Lunatic asylums United Provinces 1909-1921 - 1909-1921
Year: 1909
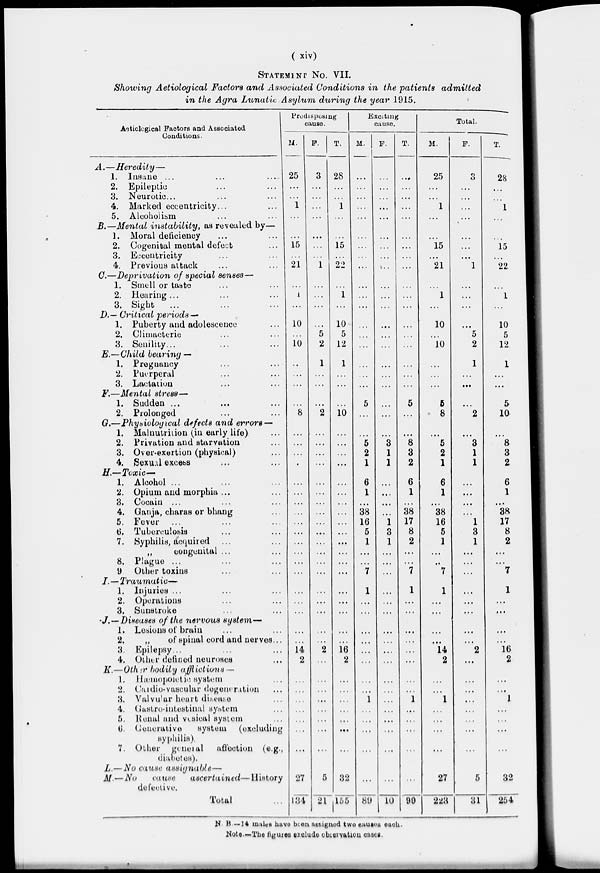
( xiv)
STATEMENT No. VII.
Showing Aetiological Factors and Associated Conditions in the patients
admitted
in the Agra Lunatic Asylum during the year 1915.
Aetiological Factors and Associated
Conditions.
A.—Heredity—
1. Insane ... ... ...
2. Epileptic ... ...
3. Neurotic ... ... ...
4. Marked eccentricity ... ...
5. Alcoholism ... ...
B.—Mental instability, as revealed by—
1. Moral deficiency
...
...
2. Cogenitial mental defect ...
3. Eccentricity ... ...
4. Previous attack ... ...
C.—Deprivation of special senses—
1. Smell or taste ... ...
2. Hearing ... ... ...
3. Sight ... ... ...
D.— Critical periods —
1. Puberty and adolescence ...
2. Climacteric ... ...
3. Senility... ... ...
E.—Child bearing —
1. Pregnancy ... ...
2. Puerperal ... ...
3. Lactation ... ...
F.—Mental stress—
1. Sudden ... ... ...
2. Prolonged ... ...
G.—Physiological defects and errors—
1. Malnutrition (in early life) ...
2. Privation and starvation ...
3. Over-exertion (physical) ...
4. Sexual excess ... ...
H.—Toxic—
1. Alcohol ... ... ...
2. Opium and morphia ... ...
3. Cocain ... ... ...
4. Ganja, charas or bhang ...
5. Fever ... ... ...
6. Tuberculosis ... ...
7. Syphilis, acquired
„
congenital ... ...
8. Plague ... ... ...
9 Other toxins ... ...
I. — Traumatic—
1. Injuries ... ... ...
2. Operations ... ...
3. Sunstroke ... ...
J.— Diseases of the nervous system—
I. Lesions of brain ... ...
2.
„
of spinal cord and nerves...
3. Epilepsy... ... ...
4. Other defined neuroses ...
K.—Other bodily afflictions —
1. Hæmopoietic system ...
2. Cardio-vascular degeneration ...
3. Valvular heart disease ...
4. Gastro-intestinal system ...
5. Renal and vesical system ...
6. Generative
system (excluding
syphilis).
7. Other general affection (e.g.,
diabetes).
L.— No cause assignable—
M.—No
cause
ascertained—History
defective.
Total ...
Predisposing
cause.
M.
25
...
...
1
...
...
15
...
21
...
1
...
10
...
10
...
...
...
...
8
...
...
...
...
...
...
...
...
...
...
...
...
...
...
...
...
...
...
...
14
2
...
...
...
...
...
...
...
27
134
F.
3
...
...
...
...
...
...
...
1
...
...
...
...
5
2
1
...
...
...
2
...
...
...
...
...
...
...
...
...
...
...
...
...
...
...
...
...
...
...
2
...
...
...
...
...
...
...
...
5
21
T.
28
...
...
1
...
...
15
...
22
...
1
...
10
5
12
1
...
...
...
10
...
...
...
...
...
...
...
...
...
...
...
...
...
...
...
...
...
...
...
16
2
...
...
...
...
...
...
...
32
155
Exciting
cause.
M.
...
...
...
...
...
...
...
...
...
...
...
...
...
...
...
...
...
...
5
...
...
5
2
1
6
1
...
38
16
5
1
...
...
7
1
...
...
...
...
...
...
...
...
1
...
...
...
...
...
89
F.
...
...
...
...
...
...
...
...
...
...
...
...
...
...
...
...
...
...
...
...
...
3
1
1
...
...
...
...
1
3
1
...
...
...
...
...
...
...
...
...
...
...
...
...
...
...
...
...
...
10
T.
...
...
...
...
...
...
...
...
...
...
...
...
...
...
...
...
...
...
5
...
...
8
3
2
6
1
...
38
17
8
2
...
...
7
1
...
...
...
...
...
...
...
...
1
...
...
...
...
...
99
Total.
M.
25
...
...
1
...
...
15
...
21
...
1
...
10
...
10
...
...
...
5
8
...
5
2
1
6
1
...
38
16
5
1
...
...
7
1
...
...
...
...
14
2
...
...
1
...
...
...
...
27
223
F.
3
...
...
...
...
...
...
...
1
...
...
...
...
5
2
1
...
...
...
2
...
3
1
1
...
...
...
...
1
3
1
...
...
...
...
...
...
...
...
2
...
...
...
...
...
...
...
...
5
31
T.
28
...
...
1
...
...
15
...
22
...
1
...
10
5
12
1
...
...
5
10
...
8
3
2
6
1
...
38
17
8
2
...
...
7
1
...
...
...
...
16
2
...
...
...
1
...
...
...
32
254
N.B. —14 males have been assigned two causes each.
Note.—The figures exclude observation cases.